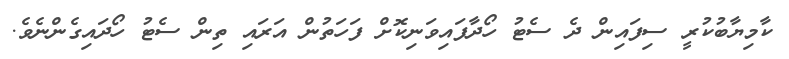
ކާމިޔާބުކުރީ ސިފައިން ދެ ސެޓު ހޯދާފައިވަނިކޮށް ފަހަތުން އަރައި ތިން ސެޓު ހޯދައިގެންނެވެ.